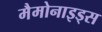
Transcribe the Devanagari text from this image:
मैमोनाइड्स